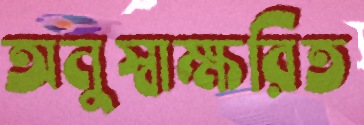
অনুস্বাক্ষরিত